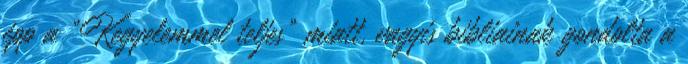
épp a "Kegyelemmel teljes" miatt, vagyis bibliainak gondolta a